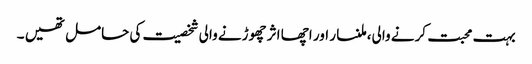
بہت محبت کرنے والی، ملنسار اور اچھا اثر چھوڑنے والی شخصیت کی حامل تھیں ۔